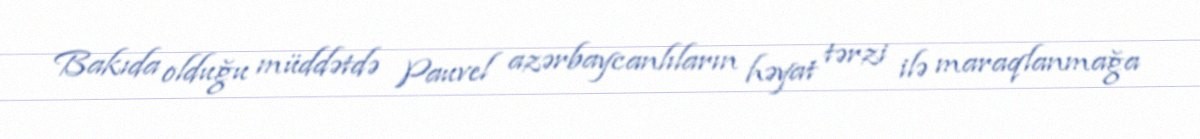
Bakıda olduğu müddətdə Pauvel azərbaycanlıların həyat tərzi ilə maraqlanmağa